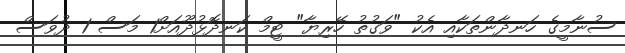
ސުނާމީގެ ހަނދާންތަކާއި އެކު "ވަގުތު ހޭރިޔާ" ޓީމް ކަނދޮޅުދޫއަށް1 މަސް 1 ދުވަސް